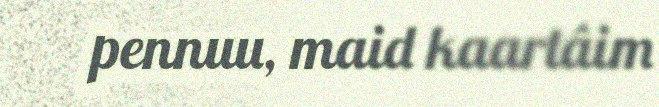
pennuu, maid kaartâim